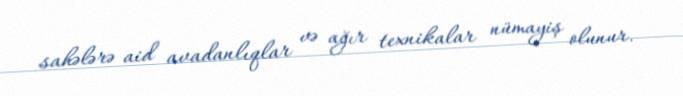
sahələrə aid avadanlıqlar və ağır texnikalar nümayiş olunur.